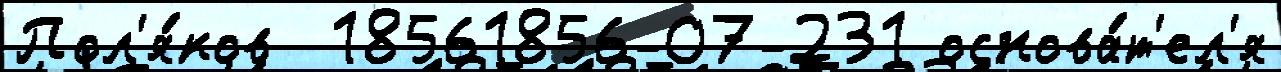
Пол'я́ков  18561856-07-231 основа́т'ел'я